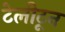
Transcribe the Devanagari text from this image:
टेलीटून